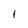
Character: l